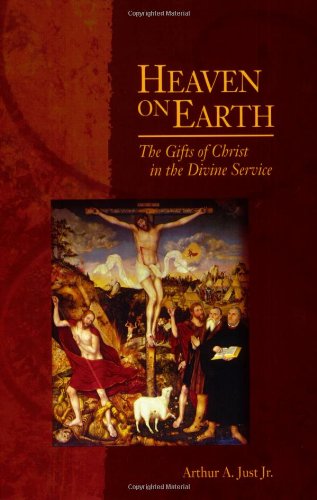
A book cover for Heaven on Earth: The Gifts of Christ in the Divine Service; Arthur A.; Christian Books & Bibles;